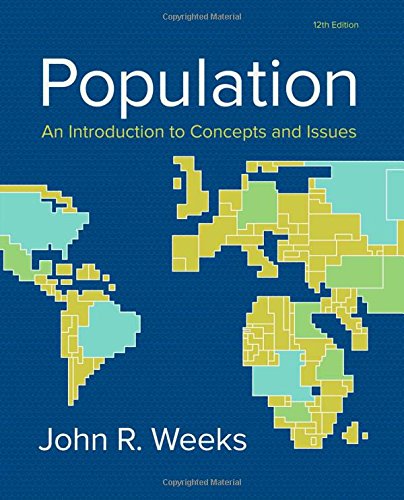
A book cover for Population: An Introduction to Concepts and Issues; John R. Weeks; Politics & Social Sciences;